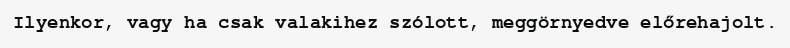
Ilyenkor, vagy ha csak valakihez szólott, meggörnyedve előrehajolt.